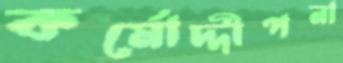
কর্মোদ্দীপনা